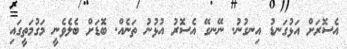
އެސޮރަށް އަޅުގަނޑު އިނގުނު. ނޭނގޭ އެސޮރު އުޅުނު ތަނެއް. ބޮޑަށް ބެލެވެނީ މަގުމަތީގައި